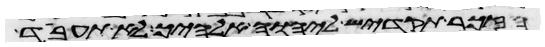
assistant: הזכר תקדיש ליהוה אלהיך לא תעבד